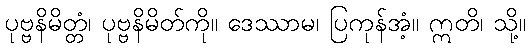
ပုဗ္ဗနိမိတ္တံ၊ ပုဗ္ဗနိမိတ်ကို။ ဒေဿာမ၊ ပြကုန်အံ့။ ဣတိ၊ သို့။